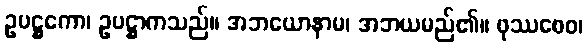
ဥပဋ္ဌကော၊ ဥပဋ္ဌာကသည်။ အဘယောနာမ၊ အဘယမည်၏။ ဖုဿစေဝ၊